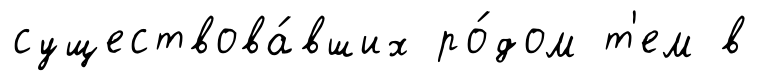
существова́вших ро́дом т'ем в